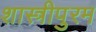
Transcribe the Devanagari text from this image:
शास्त्रीपुरम